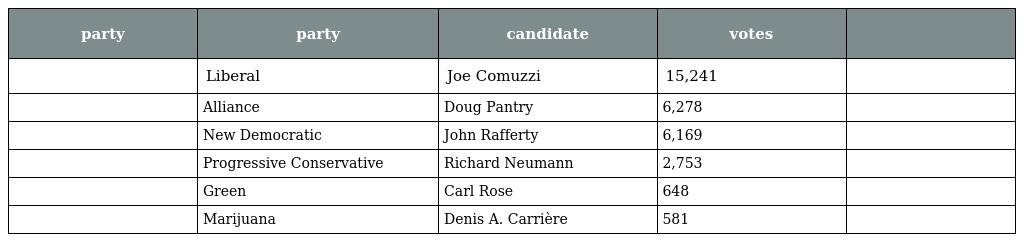
| party | party | candidate | votes |  |
 | --- | --- | --- | --- | --- |
 |  | Liberal | Joe Comuzzi | 15,241 |  |
 |  | Alliance | Doug Pantry | 6,278 |  |
 |  | New Democratic | John Rafferty | 6,169 |  |
 |  | Progressive Conservative | Richard Neumann | 2,753 |  |
 |  | Green | Carl Rose | 648 |  |
 |  | Marijuana | Denis A. Carrière | 581 |  |